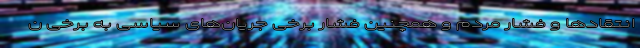
انتقادها و فشار مردم و همچنین فشار برخی جریان‌های سیاسی به برخی ن